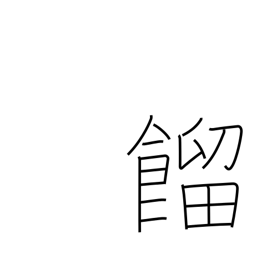
Meaning: steaming rice